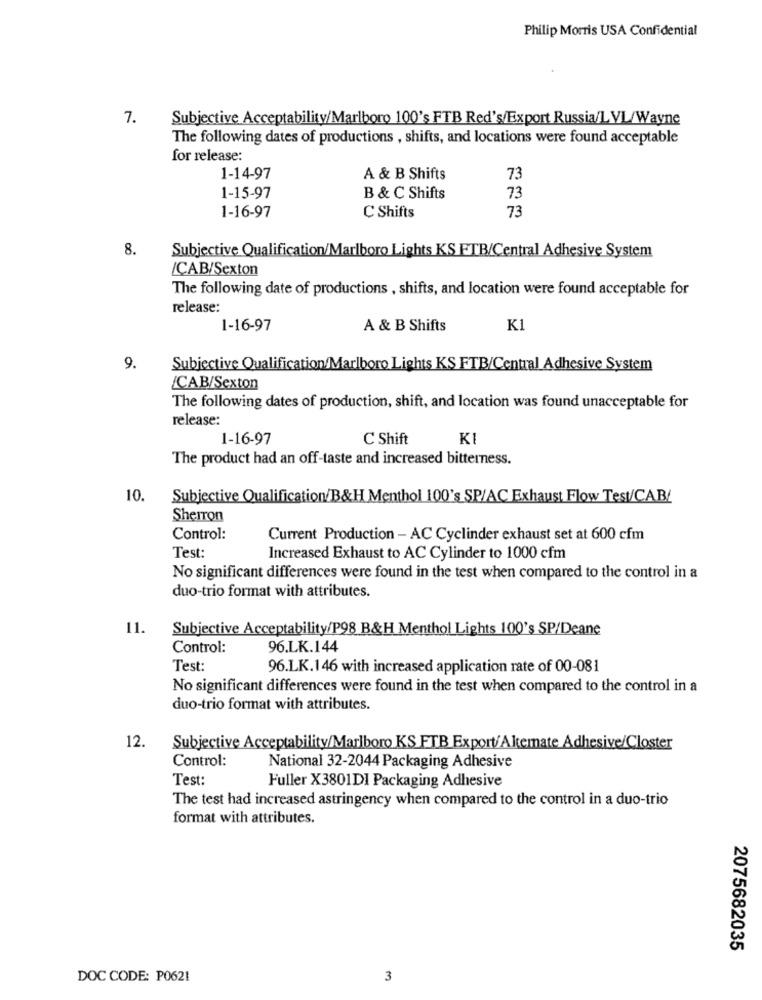
Philip Morris USA Confidential
7.
Subjective Acceptability/Marlboro 100's FTB Red's/Export Russia/LVL/Wayne
The following dates of productions , shifts, and locations were found acceptable
for release:
1-14-97
A & B Shifts
73
1-15-97
B & C Shifts
73
1-16-97
C Shifts
73
8.
Subjective Qualification/Marlboro Lights KS FTB/Central Adhesive System
/CAB/Sexton
The following date of productions , shifts, and location were found acceptable for
release:
1-16-97
A & B Shifts
K1
9.
Subjective Qualification/Marlboro Lights KS FTB/Central Adhesive System
CAB/Sexton
The following dates of production, shift, and location was found unacceptable for
release:
1-16-97
C Shift
KI
The product had an off-taste and increased bitterness.
10.
Subjective Qualification/B&H Menthol 100's SP/AC Exhaust Flow Test/CAB/
Sherron
Control:
Current Production - AC Cyclinder exhaust set at 600 cfm
Test:
Increased Exhaust to AC Cylinder to 1000 cfm
No significant differences were found in the test when compared to the control in a
duo-trio format with attributes.
11.
Subjective Acceptability/P98 B&H Menthol Lights 100's SP/Deane
Control:
96.LK.144
Test:
96.LK.146 with increased application rate of 00-081
No significant differences were found in the test when compared to the control in a
duo-trio format with attributes.
12.
Subjective Acceptability/Marlboro KS FTB Export/Aktemate Adhesive/Closter
Control:
National 32-2044 Packaging Adhesive
Test:
Fuller X3801DI Packaging Adhesive
The test had increased astringency when compared to the control in a duo-trio
format with attributes.
2075682035
DOC CODE: P062!
3